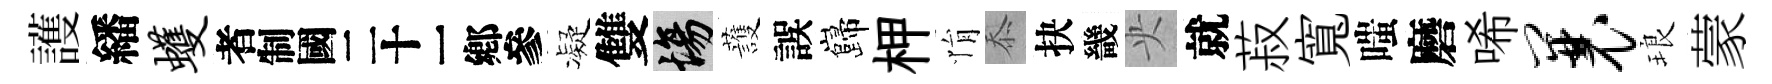
護繙蠖识凝雙場䕶誤巋柙悁忝抉畿央就菽寬嗤磨唏曩琅蒙